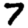
Digit: 7